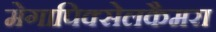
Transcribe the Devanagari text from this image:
मेगापिक्सेलकैमरा